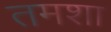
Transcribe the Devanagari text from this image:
तमशा